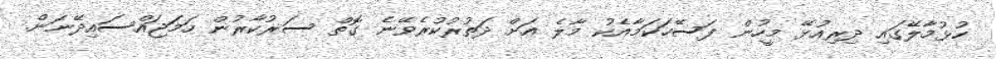
ހުޅުމާލޭގައި ދިރިއުޅޭ މީހުން ފަސޭހަކަމާއެކު މާލެ އަށް ދަތުރުކުރެވޭނެ ގޮތް ސަރުކާރުން ހަމަޖައްސައިދޭނަން.